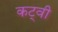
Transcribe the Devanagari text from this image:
कट्वी